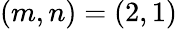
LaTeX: (m,n)=(2,1)